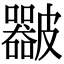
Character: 𥀴